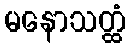
မနောသတ္ထံ